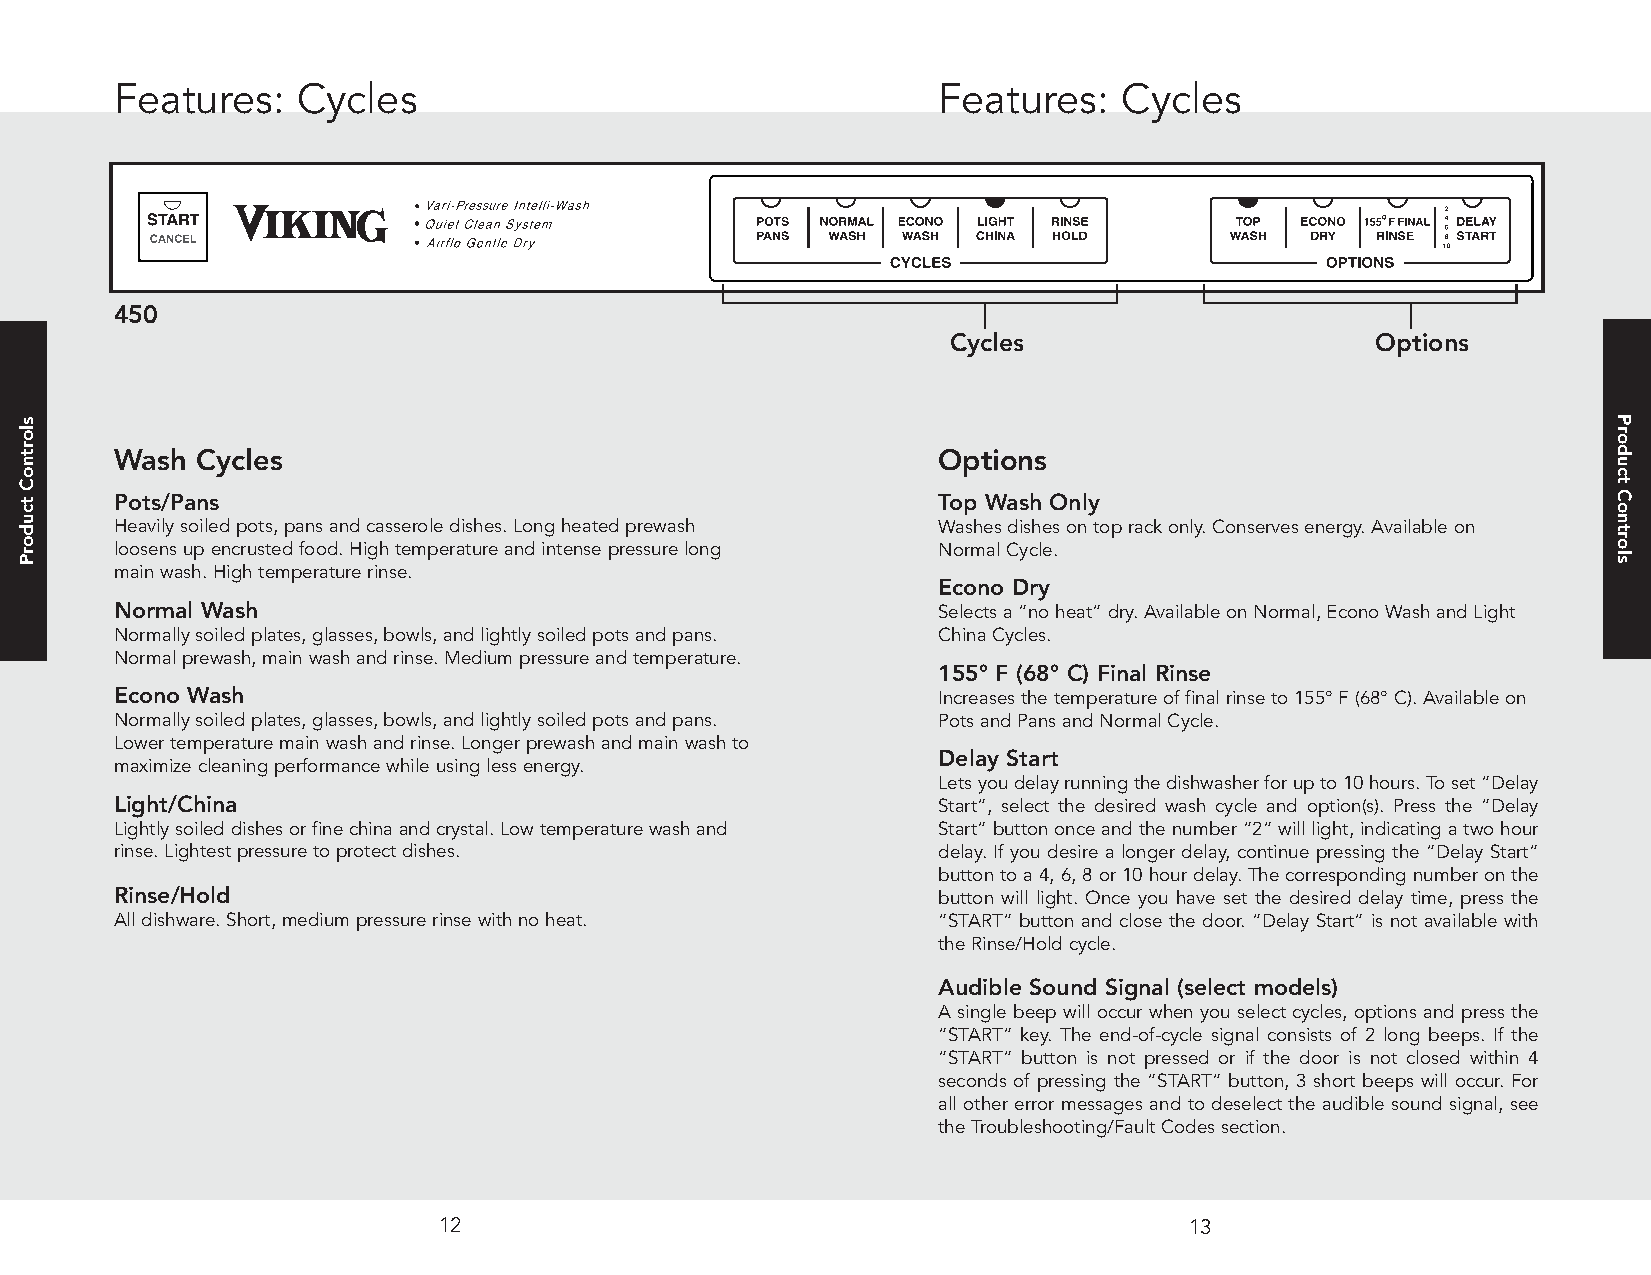
Features:   Cycles                                    Features:   Cycles
 450
 Cycles                      Options
 Wash Cycles                                           Options
 Pots/Pans                                             Top Wash Only
 Heavilysoiledpots,pansandcasseroledishes.Longheatedprewash Washesdishesontoprackonly.Conservesenergy.Availableon
 loosensupencrustedfood.Hightemperatureandintensepressurelong NormalCycle.
 mainwash.Hightemperaturerinse.
 Econo Dry
 Normal Wash                                           Selectsa“noheat”dry.AvailableonNormal,EconoWashandLight
 Normallysoiledplates,glasses,bowls,andlightlysoiledpotsandpans. ChinaCycles.
 Normalprewash,mainwashandrinse.Mediumpressureandtemperature.
 155° F (68° C) Final Rinse
 Econo Wash                                            Increasesthetemperatureoffinalrinseto155°F(68°C).Availableon
 Normallysoiledplates,glasses,bowls,andlightlysoiledpotsandpans. PotsandPansandNormalCycle.
 Lowertemperaturemainwashandrinse.Longerprewashandmainwashto
 Delay Start
 maximizecleaningperformancewhileusinglessenergy.
 Letsyoudelayrunningthedishwasherforupto10hours.Toset“Delay
 Light/China                                           Start”, select the desired wash cycle and option(s). Press the “Delay
 Lightlysoileddishesorfinechinaandcrystal.Lowtemperaturewashand Start”buttononceandthenumber“2”willlight,indicatingatwohour
 rinse.Lightestpressuretoprotectdishes.                delay. If you desire a longer delay, continue pressing the “Delay Start”
 buttontoa4,6,8or10hourdelay.Thecorrespondingnumberonthe
 Rinse/Hold                                            button will light. Once you have set the desired delay time, press the
 Alldishware.Short,mediumpressurerinsewithnoheat.      “START” button and close the door. “Delay Start” is not available with
 theRinse/Holdcycle.
 Audible Sound Signal (select models)
 A single beep will occur when you select cycles, options and press the
 “START” key. The end-of-cycle signal consists of 2 long beeps. If the
 “START” button is not pressed or if the door is not closed within 4
 seconds of pressing the “START” button, 3 short beeps will occur. For
 all other error messages and to deselect the audible sound signal, see
 theTroubleshooting/FaultCodessection.
 12                                                13
 slortnoCtcudorP                                                                                           ProductControls